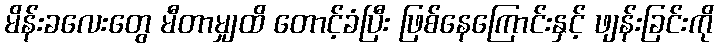
မိန်းခလေးတွေ မီတာမျှထိ တောင့်ခံပြီး ဖြစ်နေကြောင်းနှင့် ဖျန်းခြင်းကို